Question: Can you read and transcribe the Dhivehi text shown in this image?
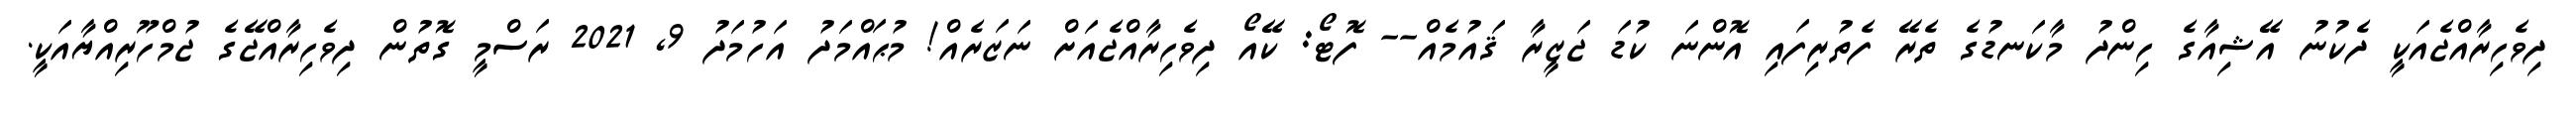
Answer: ދިވެހިރާއްޖެއަކީ ދެކުނު އޭޝިއާގެ ހިންދު މާކަނޑުގެ ތެރޭ ފެތުރިފައި އޮންނަ ކުޑަ ޖަޒީރާ ޤައުމެއް-- ފޮޓޯ: ކޭއޯ ދިވެހިރާއްޖެއަށް ނަޒަރެއް! މުޙައްމަދު އަހުމަދު 9, 2021 ރަސްމީ ގޮތުން ދިވެހިރާއްޖޭގެ ޖުމްހޫރިއްޔާއަކީ.